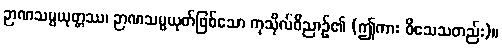
ဉာဏသမ္ပယုတ္တဿ၊ ဉာဏသမ္ပယုတ်ဖြစ်သော ကုသိုလ်ဝိညာဉ်၏ (ဤကား ဝိသေသတည်း)။